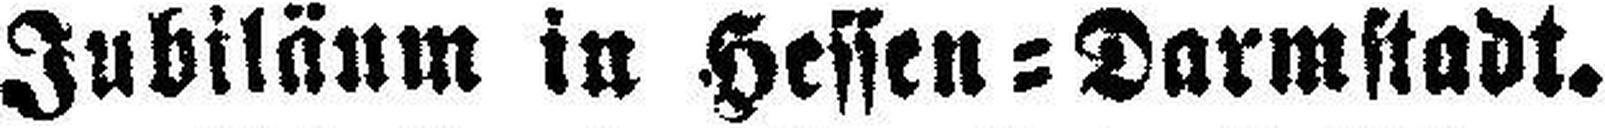
Jubiläum in Hessen=Darmstadt.